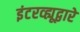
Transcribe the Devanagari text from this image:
इंटरव्ह्यूद्वारे